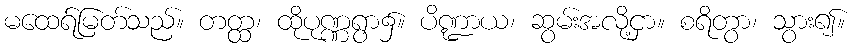
မထေရ်မြတ်သည်။ တတ္ထ၊ ထိုပုဏ္ဏရွာ၌။ ပိဏ္ဍာယ၊ ဆွမ်းအလို့ငှာ။ စရိတွာ၊ သွား၍။